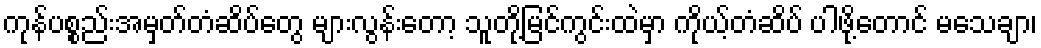
ကုန်ပစ္စည်းအမှတ်တံဆိပ်တွေ များလွန်းတော့ သူတို့မြင်ကွင်းထဲမှာ ကိုယ့်တံဆိပ် ပါဖို့တောင် မသေချာ၊